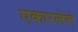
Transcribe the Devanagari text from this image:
एकारलेले